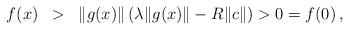
LaTeX: \begin{align*}\begin{array}{rcl}f(x)&> & \|g(x)\|\left( \lambda \|g(x)\| -R\|c\|\right)> 0= f(0)\,,\end{array}\end{align*}